Scientific memoirs by medical officers of the Army of India - Part IX,
Year: 1895
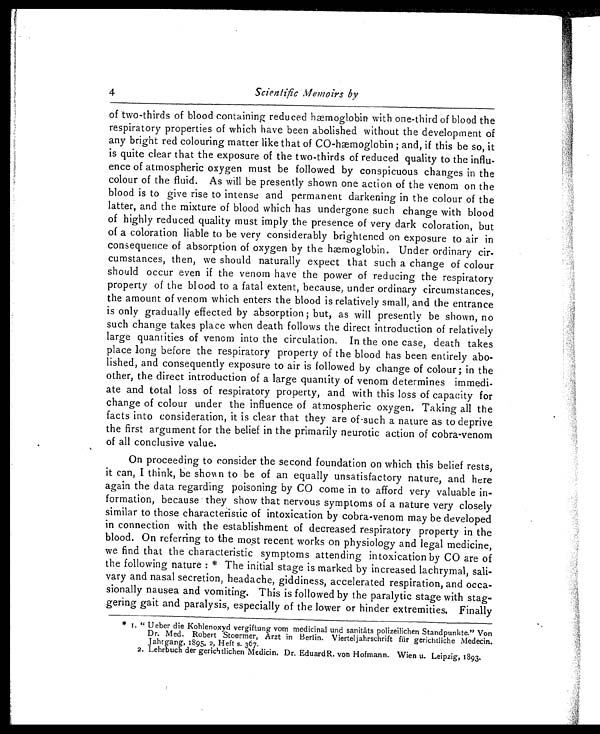
4
Scientific Memoirs by
of two-thirds of blood containing reduced hæmoglobin with one-third of blood the
respiratory properties of which have been abolished without the development of
any bright red colouring matter like that of CO-hæmoglobin ; and, if this be so, it
is quite clear that the exposure of the two-thirds of reduced quality to the influ
-ence of atmospheric oxygen must be followed by conspicuous changes in the
colour of the fluid. As will be presently shown one action of the venom on the
blood is to give rise to intense and permanent darkening in the colour of the
latter, and the mixture of blood which has undergone such change with blood
of highly reduced quality must imply the presence of very dark coloration, but
of a coloration liable to be very considerably brightened on exposure to air in
consequence of absorption of oxygen by the hæmoglobin. Under ordinary cir
-cumstances, then, we should naturally expect that such a change of colour
should occur even if the venom have the power of reducing the respiratory
property of the blood to a fatal extent, because, under ordinary circumstances,
the amount of venom which enters the blood is relatively small, and the entrance
is only gradually effected by absorption ; but, as will presently be shown, no
such change takes place when death follows the direct introduction of relatively
large quantities of venom into the circulation. In the one case, death takes
place long before the respiratory property of the blood has been entirely abo
-lished, and consequently exposure to air is followed by change of colour; in the
other, the direct introduction of a large quantity of venom determines immedi
-ate and total loss of respiratory property, and with this loss of capacity for
change of colour under the influence of atmospheric oxygen. Taking all the
facts into consideration, it is clear that they are of such a nature as to deprive
the first argument for the belief in the primarily neurotic action of cobra-venom
of all conclusive value.
On proceeding to consider the second foundation on which this belief rests,
it can, I think, be shown to be of an equally unsatisfactory nature, and here
again the data regarding poisoning by CO come in to afford very valuable in
-formation, because they show that nervous symptoms of a nature very closely
similar to those characteristic of intoxication by cobra-venom may be developed
in connection with the establishment of decreased respiratory property in the
blood. On referring to the most recent works on physiology and legal medicine,
we find that the characteristic symptoms attending intoxication by CO are of
the following nature : * The initial stage is marked by increased lachrymal, sali
-vary and nasal secretion, headache, giddiness, accelerated respiration, and occa
-sionally nausea and vomiting. This is followed by the paralytic stage with stag
-gering gait and paralysis, especially of the lower or hinder extremities, Finally
* 1. " Ueber die Kohlenoxyd vergiftung vom medicinal and sanitäts polizeilichen Standpunkte." Von
Dr. Med. Robert Stoermer, Arzt in Berlin. Viertel jahrschrift für gerichtliche Medecin.
Jahrgang, 1895, 2, Heft s. 367.
2. Lehrbuch der gerichtlichen Medicin. Dr. EduardR. von Hofmann. Wien u. Leipzig, 1893.